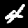
Label: 4